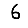
Digit: 6